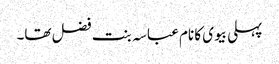
پہلی بیوی کا نام عباسہ بنت فضل تھا۔